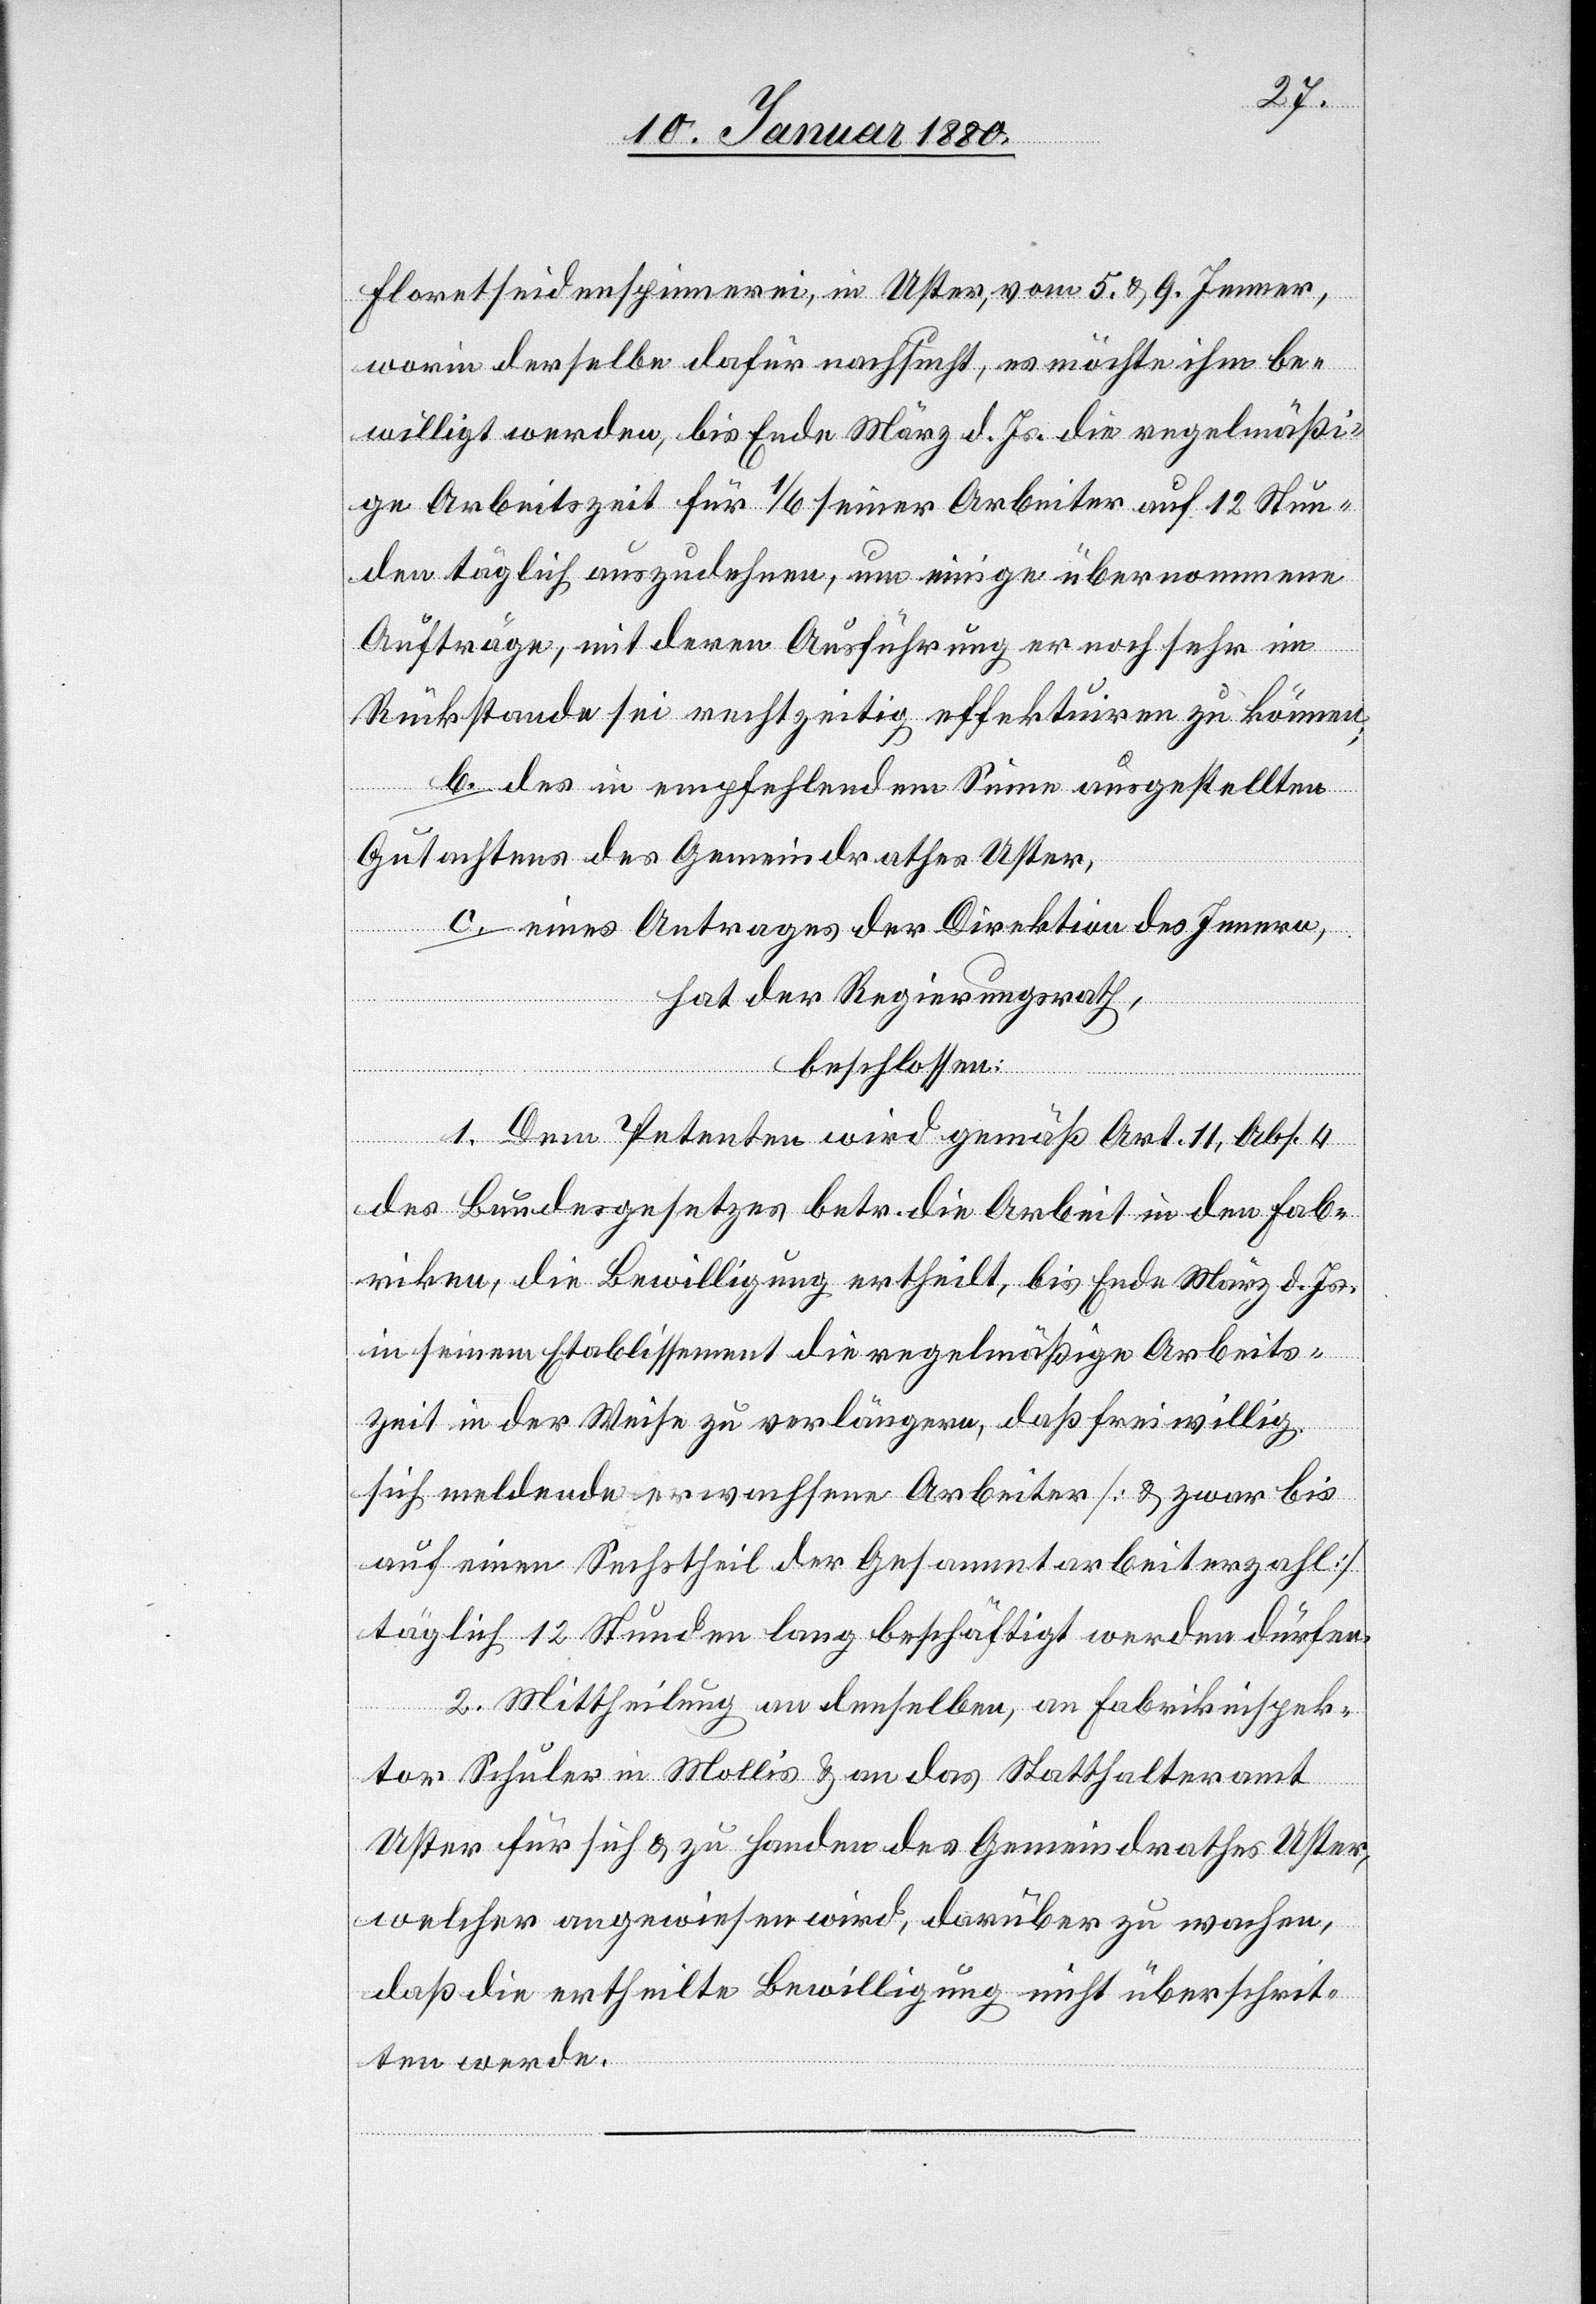
Florentseidenspinnerei, in Uster, vom 5. & 9. Jenner,
worin derselbe dafür nachsucht, es möchte ihm be¬
willigt werden, bis Ende März d. Js. die regelmäßi¬
ge Arbeitszeit für 1/6 seiner Arbeiter auf 12 Stun¬
den täglich auszudehnen, um einige übernommene
Aufträge, mit deren Ausführung er noch sehr im
Rückstande sei rechtzeitig effektuiren zu können;
b. des in empfehlendem Sinne ausgestellten
Gutachtens des Gemeindrathes Uster;
c. eines Antrages der Direktion des Innern,
hat der Regierungsrath,
beschlossen:
1. Dem Petenten wird gemäß Art. 11, Abs. 4
des Bundesgesetzes betr. die Arbeit in den Fab¬
riken, die Bewilligung ertheilt, bis Ende März d. Js.
in seinem Etablissement die regelmäßige Arbeits¬
zeit in der Weise zu verlängern, daß freiwillig
sich meldende erwachsene Arbeiter [& zwar bis
auf einen Sechstheil der Gesammtarbeiterzahl]
täglich 12 Stunden lang beschäftigt werden dürfen.
2. Mittheilung an denselben, an Fabrikinspek¬
tor Schuler in Mollis & an das Statthalteramt
Uster für sich & zu Handen des Gemeindrathes Uster,
welcher angewiesen wird, darüber zu wachen,
daß die ertheilte Bewilligung nicht überschrit¬
ten werde.